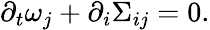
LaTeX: \begin{array}{r}{\partial_{t}\omega_{j}+\partial_{i}\Sigma_{ij}=0.}\end{array}